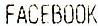
FACEBOOK